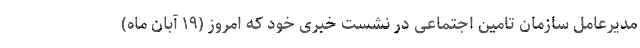
مدیرعامل سازمان تامین اجتماعی در نشست خبری خود که امروز (۱۹ آبان ماه)